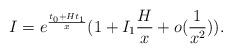
LaTeX: \begin{align*}I= e^\frac{t_0 + H t_1}{x}(1+I_1 \frac{H}{x} + o(\frac{1}{x^2})).\end{align*}